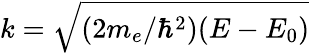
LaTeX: k=\sqrt{(2m_{e}/\hbar^{2})(E-E_{0})}